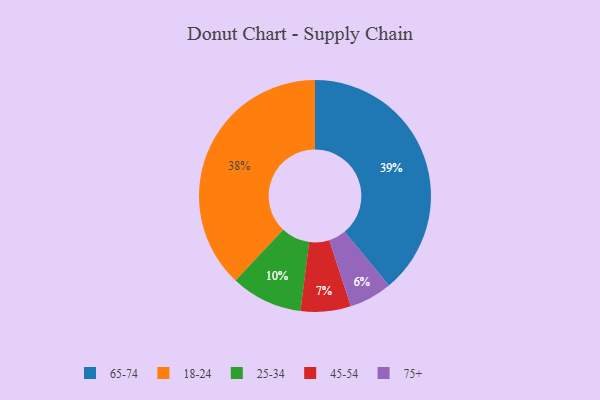
{"axis": {"x": "Category", "y": "Percentage"}, "legend": ["18-24", "25-34", "45-54", "65-74", "75+"], "data": [{"x": "75+", "y": 6, "type": "75+"}, {"x": "25-34", "y": 10, "type": "25-34"}, {"x": "18-24", "y": 38, "type": "18-24"}, {"x": "45-54", "y": 7, "type": "45-54"}, {"x": "65-74", "y": 39, "type": "65-74"}]}